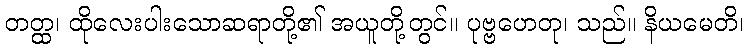
တတ္ထ၊ ထိုလေးပါးသောဆရာတို့၏ အယူတို့တွင်။ ပုဗ္ဗဟေတု၊ သည်။ နိယမေတိ၊